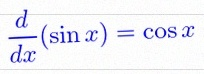
\frac{d}{dx}(\sin x)=\cos x